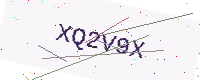
Text: XQ2V9X